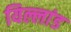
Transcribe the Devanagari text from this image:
यिल्लांड